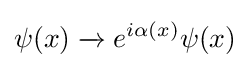
\psi (x)\xrightarrow {} e^{i\alpha (x)}\psi (x)